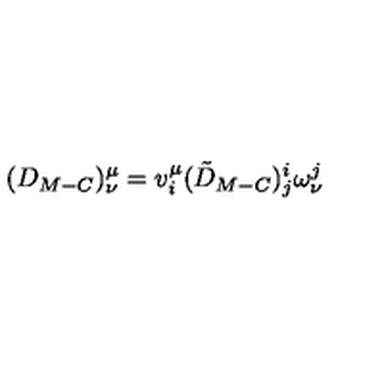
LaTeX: ( D _ { M - C } ) _ { \nu } ^ { \mu } = v _ { i } ^ { \mu } ( \tilde { D } _ { M - C } ) _ { j } ^ { i } \omega _ { \nu } ^ { j }